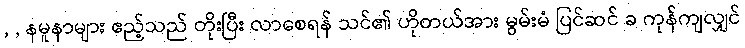
, , နမူနာများ ဧည့်သည် တိုးပြီး လာစေရန် သင်၏ ဟိုတယ်အား မွမ်းမံ ပြင်ဆင် ခ ကုန်ကျလျှင်